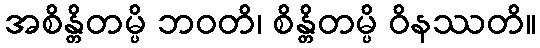
အစိန္တိတမ္ပိ ဘဝတိ၊ စိန္တိတမ္ပိ ဝိနဿတိ။